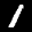
Label: 1